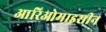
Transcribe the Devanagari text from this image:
आरिओमाइसीन